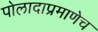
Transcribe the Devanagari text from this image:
पोलादाप्रमाणेच